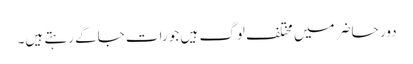
دور حاضر میں مختلف لوگ ہیں جو رات جاگے رہتے ہیں۔